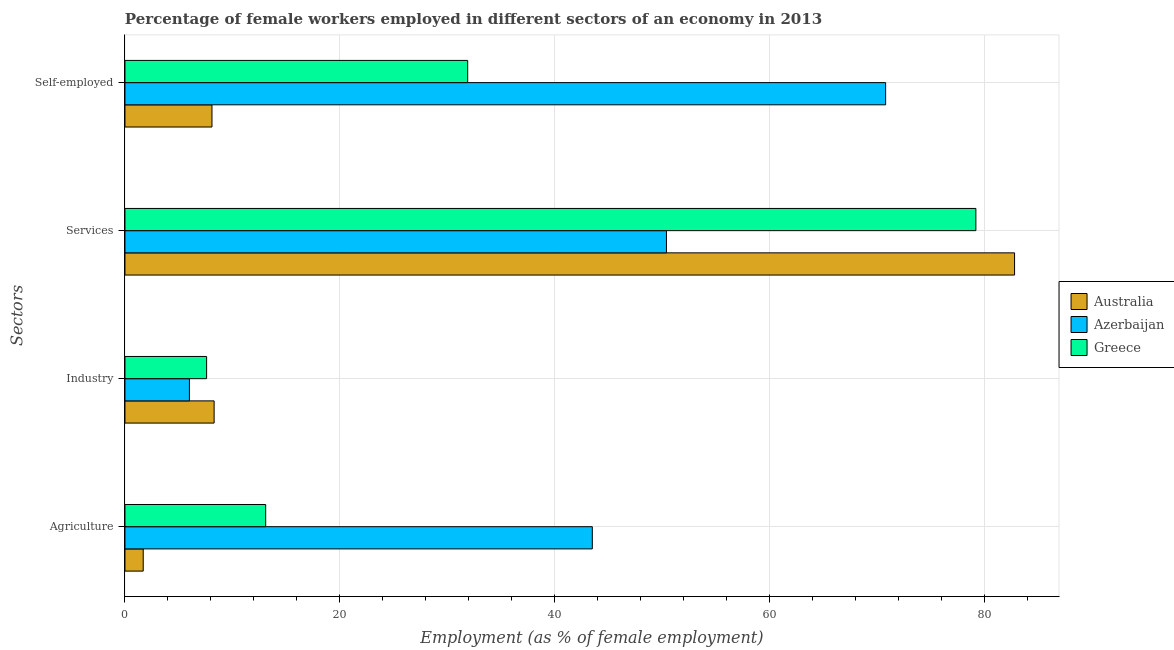
| Sectors | Australia | Azerbaijan | Greece |
 | --- | --- | --- | --- |
 | Agriculture | 1.7 | 43.5 | 13.1 |
 | Industry | 8.3 | 6 | 7.6 |
 | Services | 82.8 | 50.4 | 79.2 |
 | Self-employed | 8.1 | 70.8 | 31.9 |